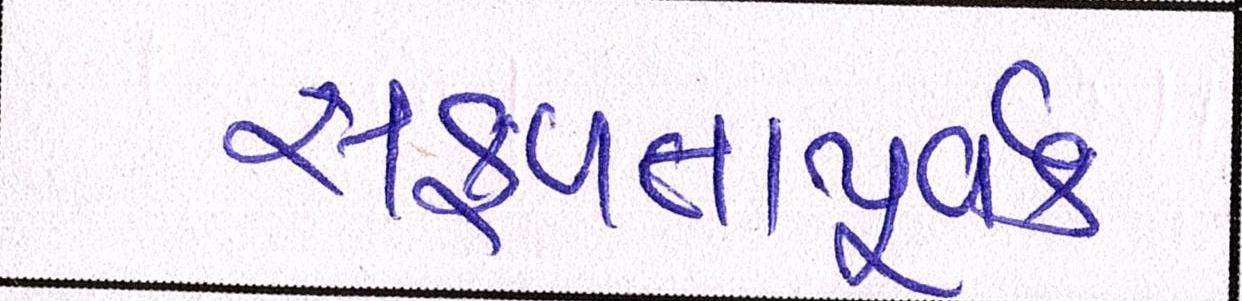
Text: સફળતાપૂર્વક